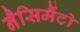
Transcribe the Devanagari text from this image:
नैसिमैंटो